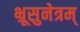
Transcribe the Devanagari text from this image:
भ्रूसुनेत्रम्